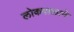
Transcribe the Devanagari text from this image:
लोकपालाने